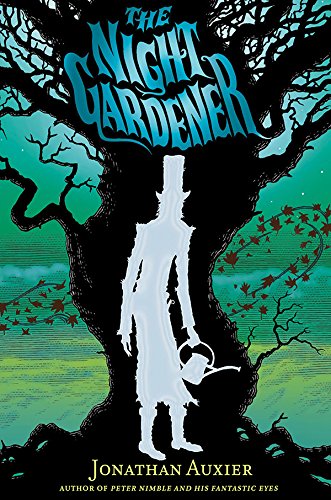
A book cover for The Night Gardener; Jonathan Auxier; Children's Books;